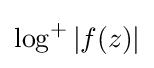
\log ^{+}|f(z)|